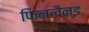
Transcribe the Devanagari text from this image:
फिनलैन्ड